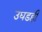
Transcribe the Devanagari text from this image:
उघडही